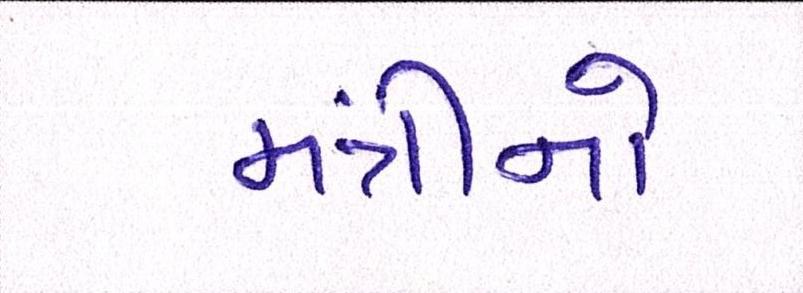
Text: મંત્રીનો